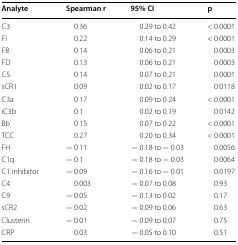
<table><thead><tr><td><b>Analyte</b></td><td><b>Spearman r</b></td><td><b>95% CI</b></td><td><b>p</b></td></tr></thead><tbody><tr><td>C3</td><td>0.36</td><td>0.29 to 0.42</td><td>&lt; 0.0001</td></tr><tr><td>FI</td><td>0.22</td><td>0.14 to 0.29</td><td>&lt; 0.0001</td></tr><tr><td>FB</td><td>0.14</td><td>0.06 to 0.21</td><td>0.0003</td></tr><tr><td>FD</td><td>0.13</td><td>0.06 to 0.21</td><td>0.0003</td></tr><tr><td>C5</td><td>0.14</td><td>0.07 to 0.21</td><td>0.0001</td></tr><tr><td>sCR1</td><td>0.09</td><td>0.02 to 0.17</td><td>0.0118</td></tr><tr><td>C3a</td><td>0.17</td><td>0.09 to 0.24</td><td>&lt; 0.0001</td></tr><tr><td>iC3b</td><td>0.1</td><td>0.02 to 0.19</td><td>0.0142</td></tr><tr><td>Bb</td><td>0.15</td><td>0.07 to 0.22</td><td>&lt; 0.0001</td></tr><tr><td>TCC</td><td>0.27</td><td>0.20 to 0.34</td><td>&lt; 0.0001</td></tr><tr><td>FH</td><td>− 0.11</td><td>− 0.18 to − 0.03</td><td>0.0056</td></tr><tr><td>C1q</td><td>− 0.1</td><td>− 0.18 to − 0.03</td><td>0.0064</td></tr><tr><td>C1 inhibitor</td><td>− 0.09</td><td>− 0.16 to − 0.01</td><td>0.0197</td></tr><tr><td>C4</td><td>0.003</td><td>− 0.07 to 0.08</td><td>0.93</td></tr><tr><td>C9</td><td>− 0.05</td><td>− 0.13 to 0.02</td><td>0.17</td></tr><tr><td>sCR2</td><td>− 0.02</td><td>− 0.09 to 0.06</td><td>0.63</td></tr><tr><td>Clusterin</td><td>− 0.01</td><td>− 0.09 to 0.07</td><td>0.75</td></tr><tr><td>CRP</td><td>0.03</td><td>− 0.05 to 0.10</td><td>0.51</td></tr></tbody></table>